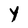
Character: Y